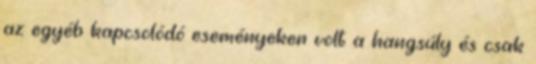
az egyéb kapcsolódó eseményeken volt a hangsúly és csak